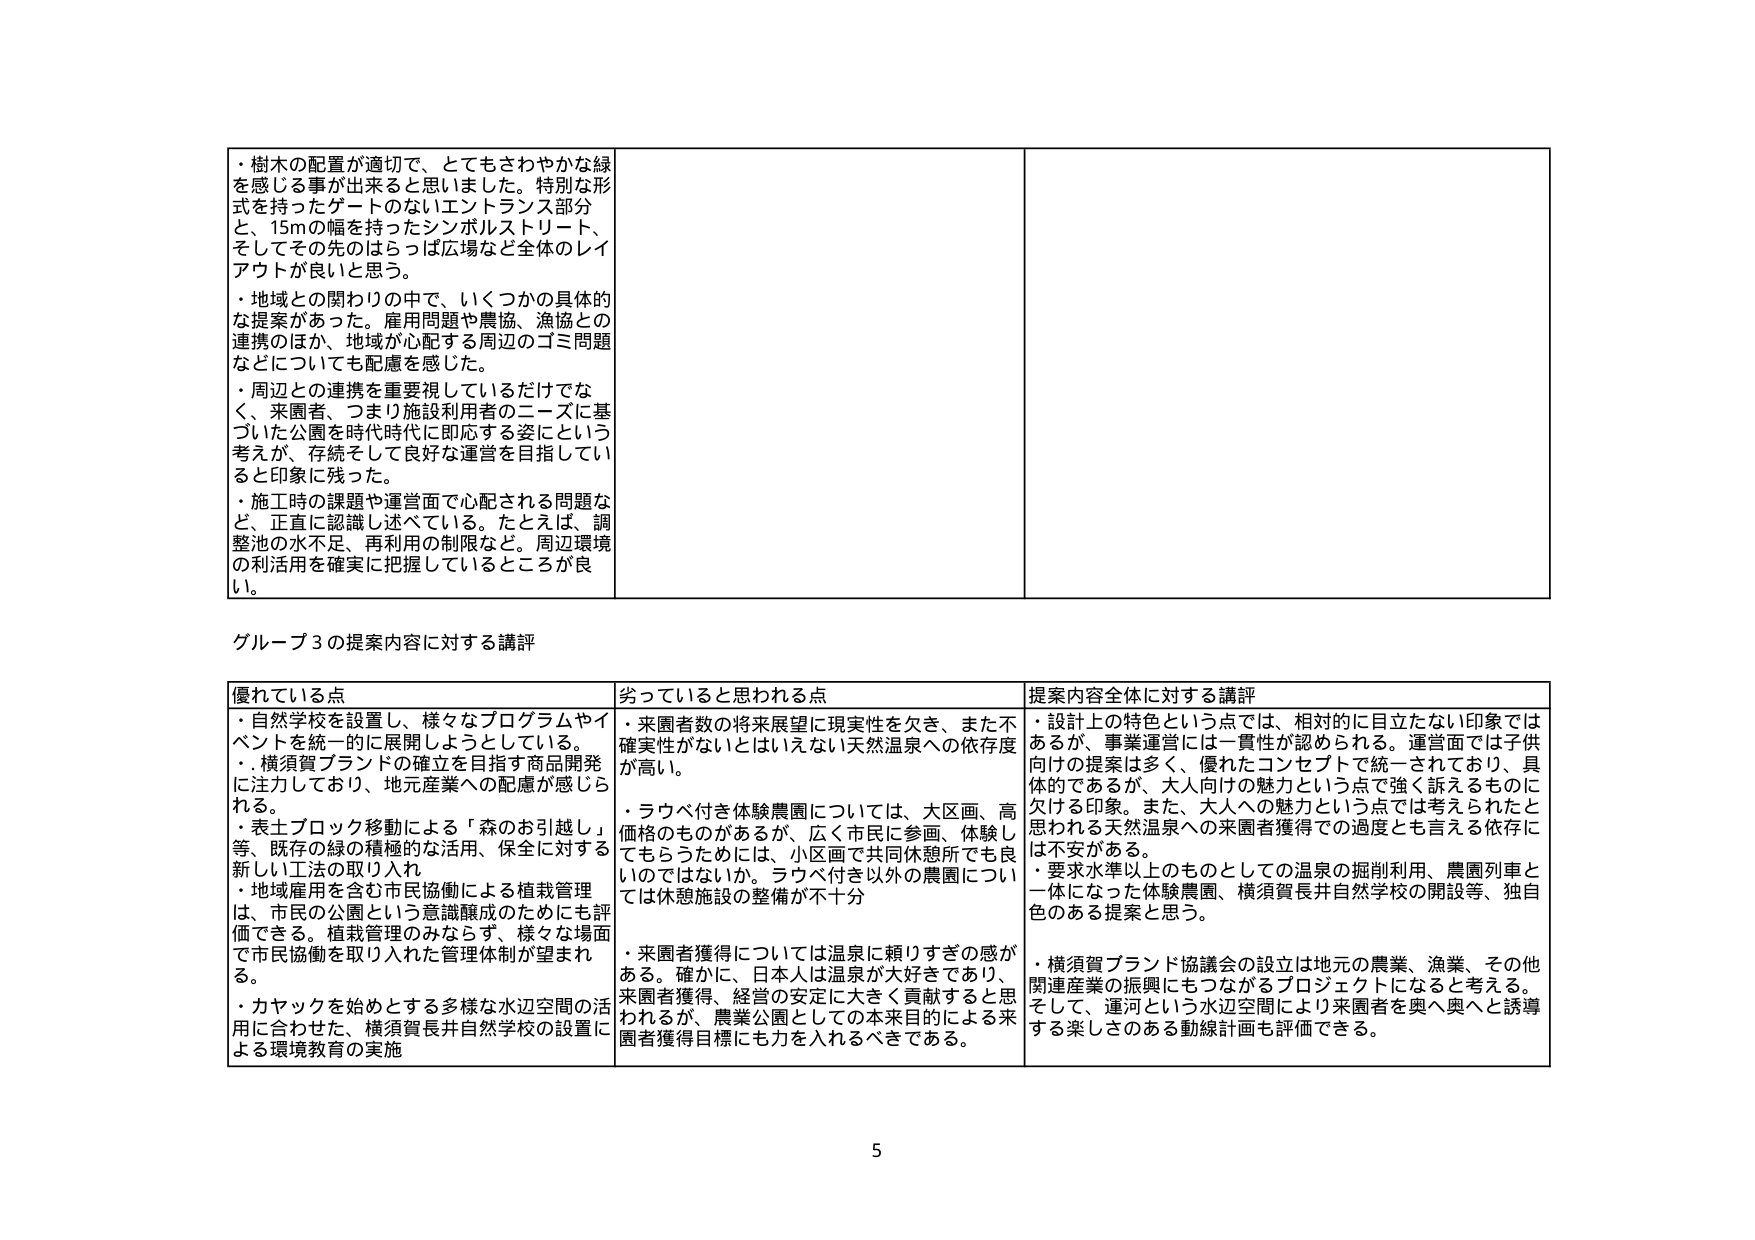
・樹木の配置が適切で、とてもさわやかな緑を感じる事が出来ると思いました。特別な形式を持ったゲートのないエントランス部分と、15mの幅を持ったシンボルストリート、そしてその先のはらっぱ広場など全体のレイアウトが良いと思う。
・地域との関わりの中で、いくつかの具体的な提案があった。雇用問題や農協、漁協との連携のほか、地域が心配する周辺のゴミ問題などについても配慮を感じた。
・周辺との連携を重要視しているだけでなく、来園者、つまり施設利用者のニーズに基づいた公園を時代時代に即応する姿にという考えが、存続そして良好な運営を目指していると印象に残った。
・施工時の課題や運営面で心配される問題など、正直に認識し述べている。たとえば、調整池の水不足、再利用の制限など。周辺環境の利活用を確実に把握しているところが良い。

グループ3の提案内容に対する講評

優れている点
・自然学校を設置し、様々なプログラムやイベントを統一的に展開しようとしている。
・横須賀ブランドの確立を目指す商品開発に注力しており、地元産業への配慮が感じられる。
・表土ブロック移動による「森のお引越し」等、既存の緑の積極的な活用、保全に対する新しい工法の取り入れ
・地域雇用を含む市民協働による植栽管理は、市民の公園という意識醸成のためにも評価できる。植栽管理のみならず、様々な場面で市民協働を取り入れた管理体制が望まれる。
・カヤックを始めとする多様な水辺空間の活用に合わせた、横須賀長井自然学校の設置による環境教育の実施

劣っていると思われる点
・来園者数の将来展望に現実性を欠き、また不確実性がないとはいえない天然温泉への依存度が高い。
・ラウベ付き体験農園については、大区画、高価格のものがあるが、広く市民に参画、体験してもらうためには、小区画で共同休憩所でも良いのではないか。ラウベ付き以外の農園については休憩施設の整備が不十分
・来園者獲得については温泉に頼りすぎの感がある。確かに、日本人は温泉が大好きであり、来園者獲得、経営の安定に大きく貢献すると思われるが、農業公園としての本来目的による来園者獲得目標にも力を入れるべきである。

提案内容全体に対する講評
・設計上の特色という点では、相対的に目立たない印象ではあるが、事業運営には一貫性が認められる。運営面では子供向けの提案は多く、優れたコンセプトで統一されており、具体的であるが、大人向けの魅力という点で強く訴えるものに欠ける印象。また、大人への魅力という点では考えられたと思われる天然温泉への来園者獲得での過度とも言える依存には不安がある。
・要求水準以上のものとしての温泉の掘削利用、農園列車と一体になった体験農園、横須賀長井自然学校の開設等、独自色のある提案と思う。
・横須賀ブランド協議会の設立は地元の農業、漁業、その他関連産業の振興にもつながるプロジェクトになると考える。そして、運河という水辺空間により来園者を奥へ奥へと誘導する楽しさのある動線計画も評価できる。

5